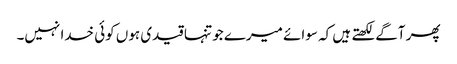
پھر آگے لکھتے ہیں کہ سوائے میرے جو تنہا قیدی ہوں کوئی خدا نہیں۔